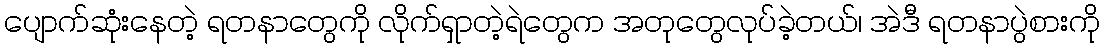
ပျောက်ဆုံးနေတဲ့ ရတနာတွေကို လိုက်ရှာတဲ့ရဲတွေက အတုတွေလုပ်ခဲ့တယ်၊ အဲဒီ ရတနာပွဲစားကို